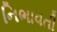
નિભાવતી